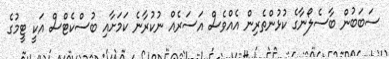
ސަބަބުން ބާސެލޯނާގެ ކުޅުންތެރިން އެއްވެސް އަސަރެއް ނުކުރާނެ ކަމަށާއި ބުސްކެޓްސް އަކީ ޓީމުގެ